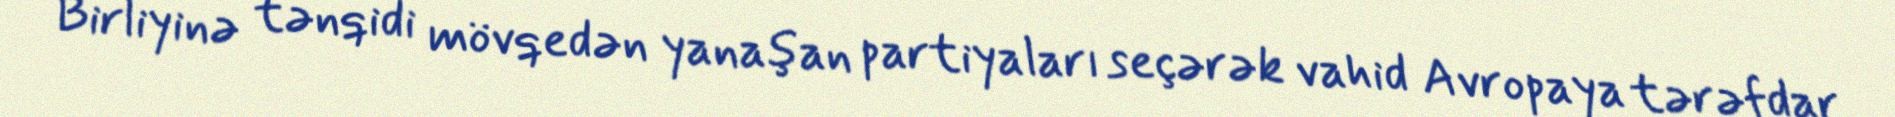
Birliyinə tənqidi mövqedən yanaşan partiyaları seçərək vahid Avropaya tərəfdar